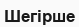
Шегірше